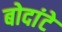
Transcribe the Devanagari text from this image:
बोदांटे